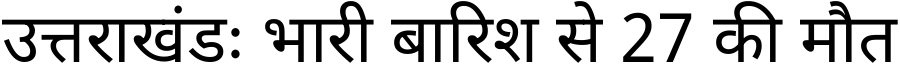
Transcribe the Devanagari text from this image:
उत्तराखंडः भारी बारिश से 27 की मौत